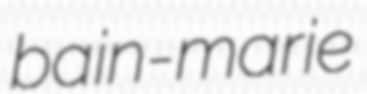
bain-marie